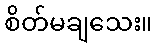
စိတ်မချသေး။